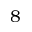
8